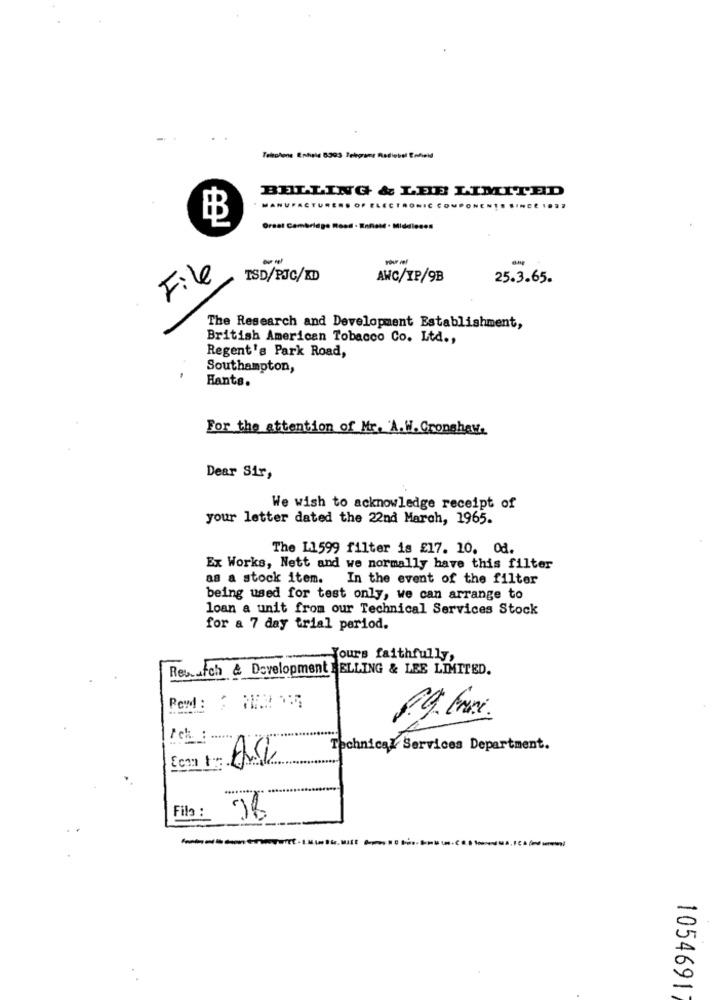
BELLING & LEE LIMITED
MANUFACTURERS OF ELECTRONIC COMPONENTS SINCE 1 ...
Great Cambridge Road - Enfeld · Middlesen
--
Your ref
File
TSD/POC/KD
AWC/YP/9B
25.3.65.
The Research and Development Establishment,
British American Tobacco Co. Ltd .,
Regent's Park Road,
Southampton,
Hants.
For the attention of Mr. A.W. Cronshaw.
Dear Sir,
We wish to acknowledge receipt of
your letter dated the 22nd March, 1965.
The L1599 filter is £17. 10. Od.
Ex Works, Nett and we normally have this filter
as a stock item. In the event of the filter
being used for test only, we can arrange to
loan a unit from our Technical Services Stock
for a 7 day trial period.
Yours faithfully,
Rewatch & Development SELLING & LEE LIMITED.
Technical Services Department.
Fila :
-
0
1054691